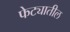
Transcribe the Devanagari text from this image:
फेट्यातील